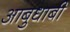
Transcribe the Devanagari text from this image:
आबुधाबी